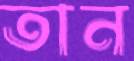
তান